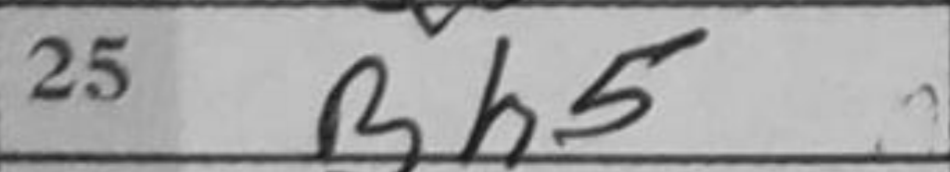
Transcription: Bh5